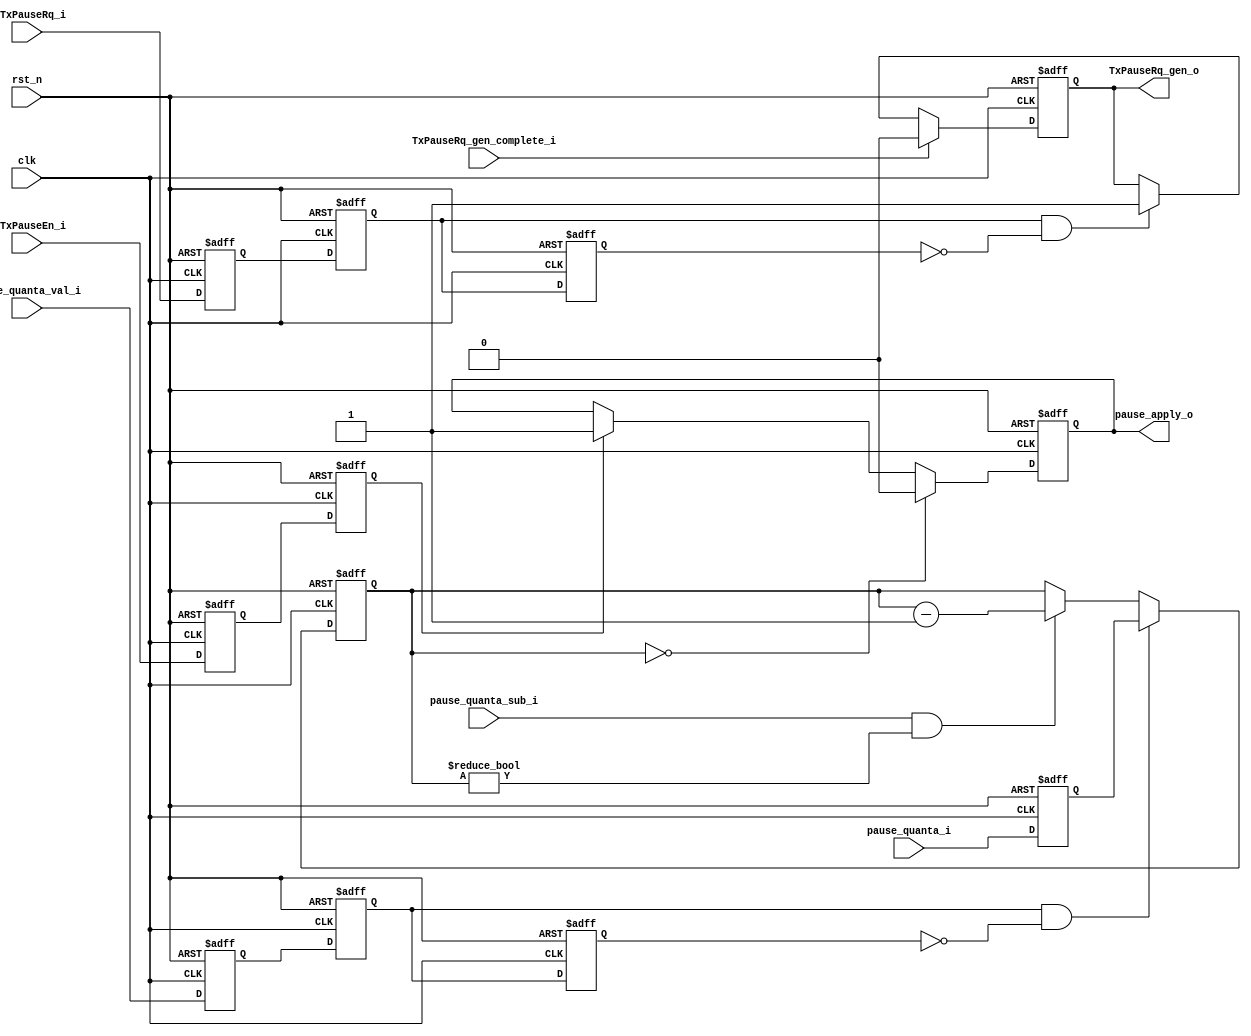
// This program was cloned from: https://github.com/lvzhengde/tsn-soc
// License: BSD 3-Clause "New" or "Revised" License

/*+
 * Copyright (c) 2022-2023 Zhengde
 *
 *
 * All rights reserved.
 * 
 * Redistribution and use in source and binary forms, with or without
 * modification, are permitted provided that the following conditions are met:
 * 
 * 1 Redistributions of source code must retain the above copyright notice, this
 *   list of conditions and the following disclaimer.
 * 
 * 2 Redistributions in binary form must reproduce the above copyright notice,
 *   this list of conditions and the following disclaimer in the documentation
 *   and/or other materials provided with the distribution.
 * 
 * 3 Neither the name of the copyright holder nor the names of its
 *   contributors may be used to endorse or promote products derived from
 *   this software without specific prior written permission.
 * 
 * THIS SOFTWARE IS PROVIDED BY THE COPYRIGHT HOLDERS AND CONTRIBUTORS "AS IS"
 * AND ANY EXPRESS OR IMPLIED WARRANTIES, INCLUDING, BUT NOT LIMITED TO, THE
 * IMPLIED WARRANTIES OF MERCHANTABILITY AND FITNESS FOR A PARTICULAR PURPOSE ARE
 * DISCLAIMED. IN NO EVENT SHALL THE COPYRIGHT HOLDER OR CONTRIBUTORS BE LIABLE
 * FOR ANY DIRECT, INDIRECT, INCIDENTAL, SPECIAL, EXEMPLARY, OR CONSEQUENTIAL
 * DAMAGES (INCLUDING, BUT NOT LIMITED TO, PROCUREMENT OF SUBSTITUTE GOODS OR
 * SERVICES; LOSS OF USE, DATA, OR PROFITS; OR BUSINESS INTERRUPTION) HOWEVER
 * CAUSED AND ON ANY THEORY OF LIABILITY, WHETHER IN CONTRACT, STRICT LIABILITY,
 * OR TORT (INCLUDING NEGLIGENCE OR OTHERWISE) ARISING IN ANY WAY OUT OF THE USE
 * OF THIS SOFTWARE, EVEN IF ADVISED OF THE POSSIBILITY OF SUCH DAMAGE.
-*/

/*+
 * EMAC flow control 
-*/

module emac_flow_ctrl (
    input           rst_n            ,
    input           clk              ,
    //host interface    
    input           r_TxPauseEn_i  ,
    input           r_TxPauseRq_i    , //Write 1 to start Tx pause frame sending, automatically cleared to zero.
    //from MAC RX flow control       
    input  [15:0]   pause_quanta_i          ,
    input           pause_quanta_val_i      ,
    //MAC TX flow control      
    output reg      pause_apply_o           ,
    input           pause_quanta_sub_i      ,
    output reg      TxPauseRq_gen_o         ,
    input           TxPauseRq_gen_complete_i
);
    //++
    //internal signals                                                              
    //--
    reg             TxPauseRq_d1           ;
    reg             TxPauseRq_d2           ;
    reg             TxPauseRq_d3           ;
    reg [15:0]      pause_quanta_d1        ;
    reg             pause_quanta_val_d1    ;
    reg             pause_quanta_val_d2    ;       
    reg             pause_quanta_val_d3    ;       
    reg [15:0]      pause_quanta_counter    ;
    reg             TxPauseEn_d1         ;
    reg             TxPauseEn_d2         ;
    
    //++
    //latch boundery signals                                                                
    //--
    always @(posedge clk or negedge rst_n) begin
        if(!rst_n) begin
            TxPauseRq_d1  <= 0;
            TxPauseRq_d2  <= 0;
            TxPauseRq_d3  <= 0;
        end
        else begin
            TxPauseRq_d1  <= r_TxPauseRq_i;
            TxPauseRq_d2  <= TxPauseRq_d1;
            TxPauseRq_d3  <= TxPauseRq_d2;
        end
    end

    always @(posedge clk or negedge rst_n) begin
        if(!rst_n) begin
            pause_quanta_d1 <= 16'h0;
        end
        else begin
            pause_quanta_d1 <= pause_quanta_i;
        end  
    end
       
    always @(posedge clk or negedge rst_n) begin
        if(!rst_n) begin
            pause_quanta_val_d1 <= 0;
            pause_quanta_val_d2 <= 0;
            pause_quanta_val_d3 <= 0;
        end
        else begin
            pause_quanta_val_d1 <= pause_quanta_val_i;
            pause_quanta_val_d2 <= pause_quanta_val_d1;
            pause_quanta_val_d3 <= pause_quanta_val_d2;
        end                      
    end
        
    always @(posedge clk or negedge rst_n) begin
        if(!rst_n) begin           
            TxPauseEn_d1 <= 0;
            TxPauseEn_d2 <= 0; 
        end
        else begin        
            TxPauseEn_d1 <= r_TxPauseEn_i;
            TxPauseEn_d2 <= TxPauseEn_d1; 
        end     
    end
    
    //++        
    //generate output signals                                                            
    //--
    always @(posedge clk or negedge rst_n) begin
        if(!rst_n)
            TxPauseRq_gen_o <= 0;
        else if(TxPauseRq_gen_complete_i)
            TxPauseRq_gen_o <= 0;
        else if(TxPauseRq_d2 && !TxPauseRq_d3) 
            TxPauseRq_gen_o <= 1;
    end

    always @(posedge clk or negedge rst_n) begin
        if(!rst_n)
            pause_quanta_counter <= 0;
        else if(pause_quanta_val_d2 && !pause_quanta_val_d3) //1 cycle pulse
            pause_quanta_counter <= pause_quanta_d1; 
        else if(pause_quanta_sub_i && pause_quanta_counter != 0)
            pause_quanta_counter <= pause_quanta_counter - 1;
    end
        
    always @(posedge clk or negedge rst_n) begin
        if(!rst_n)
            pause_apply_o <= 0;
        else if(pause_quanta_counter == 0) //froze in 0 until next pause frame received
            pause_apply_o <= 0;
        else if(TxPauseEn_d2)
            pause_apply_o <= 1;
    end
        
endmodule